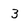
Character: 3